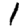
Digit: 1